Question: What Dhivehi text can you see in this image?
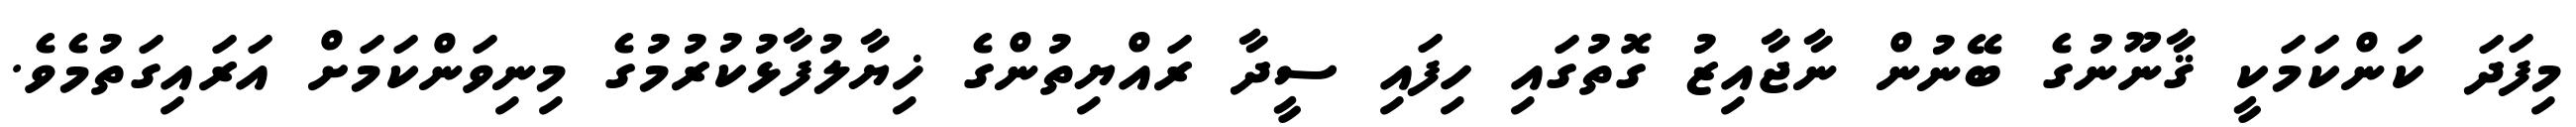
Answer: މިފަދަ ކަންކަމަކީ ޤާނޫނުގެ ބޭނުން ނާޖާއިޒު ގޮތުގައި ހިފައި ސީދާ ރައްޔިތުންގެ ޚިޔާލުފާޅުކުރުމުގެ މިނިވަންކަމަށް އަރައިގަތުމެވެ.